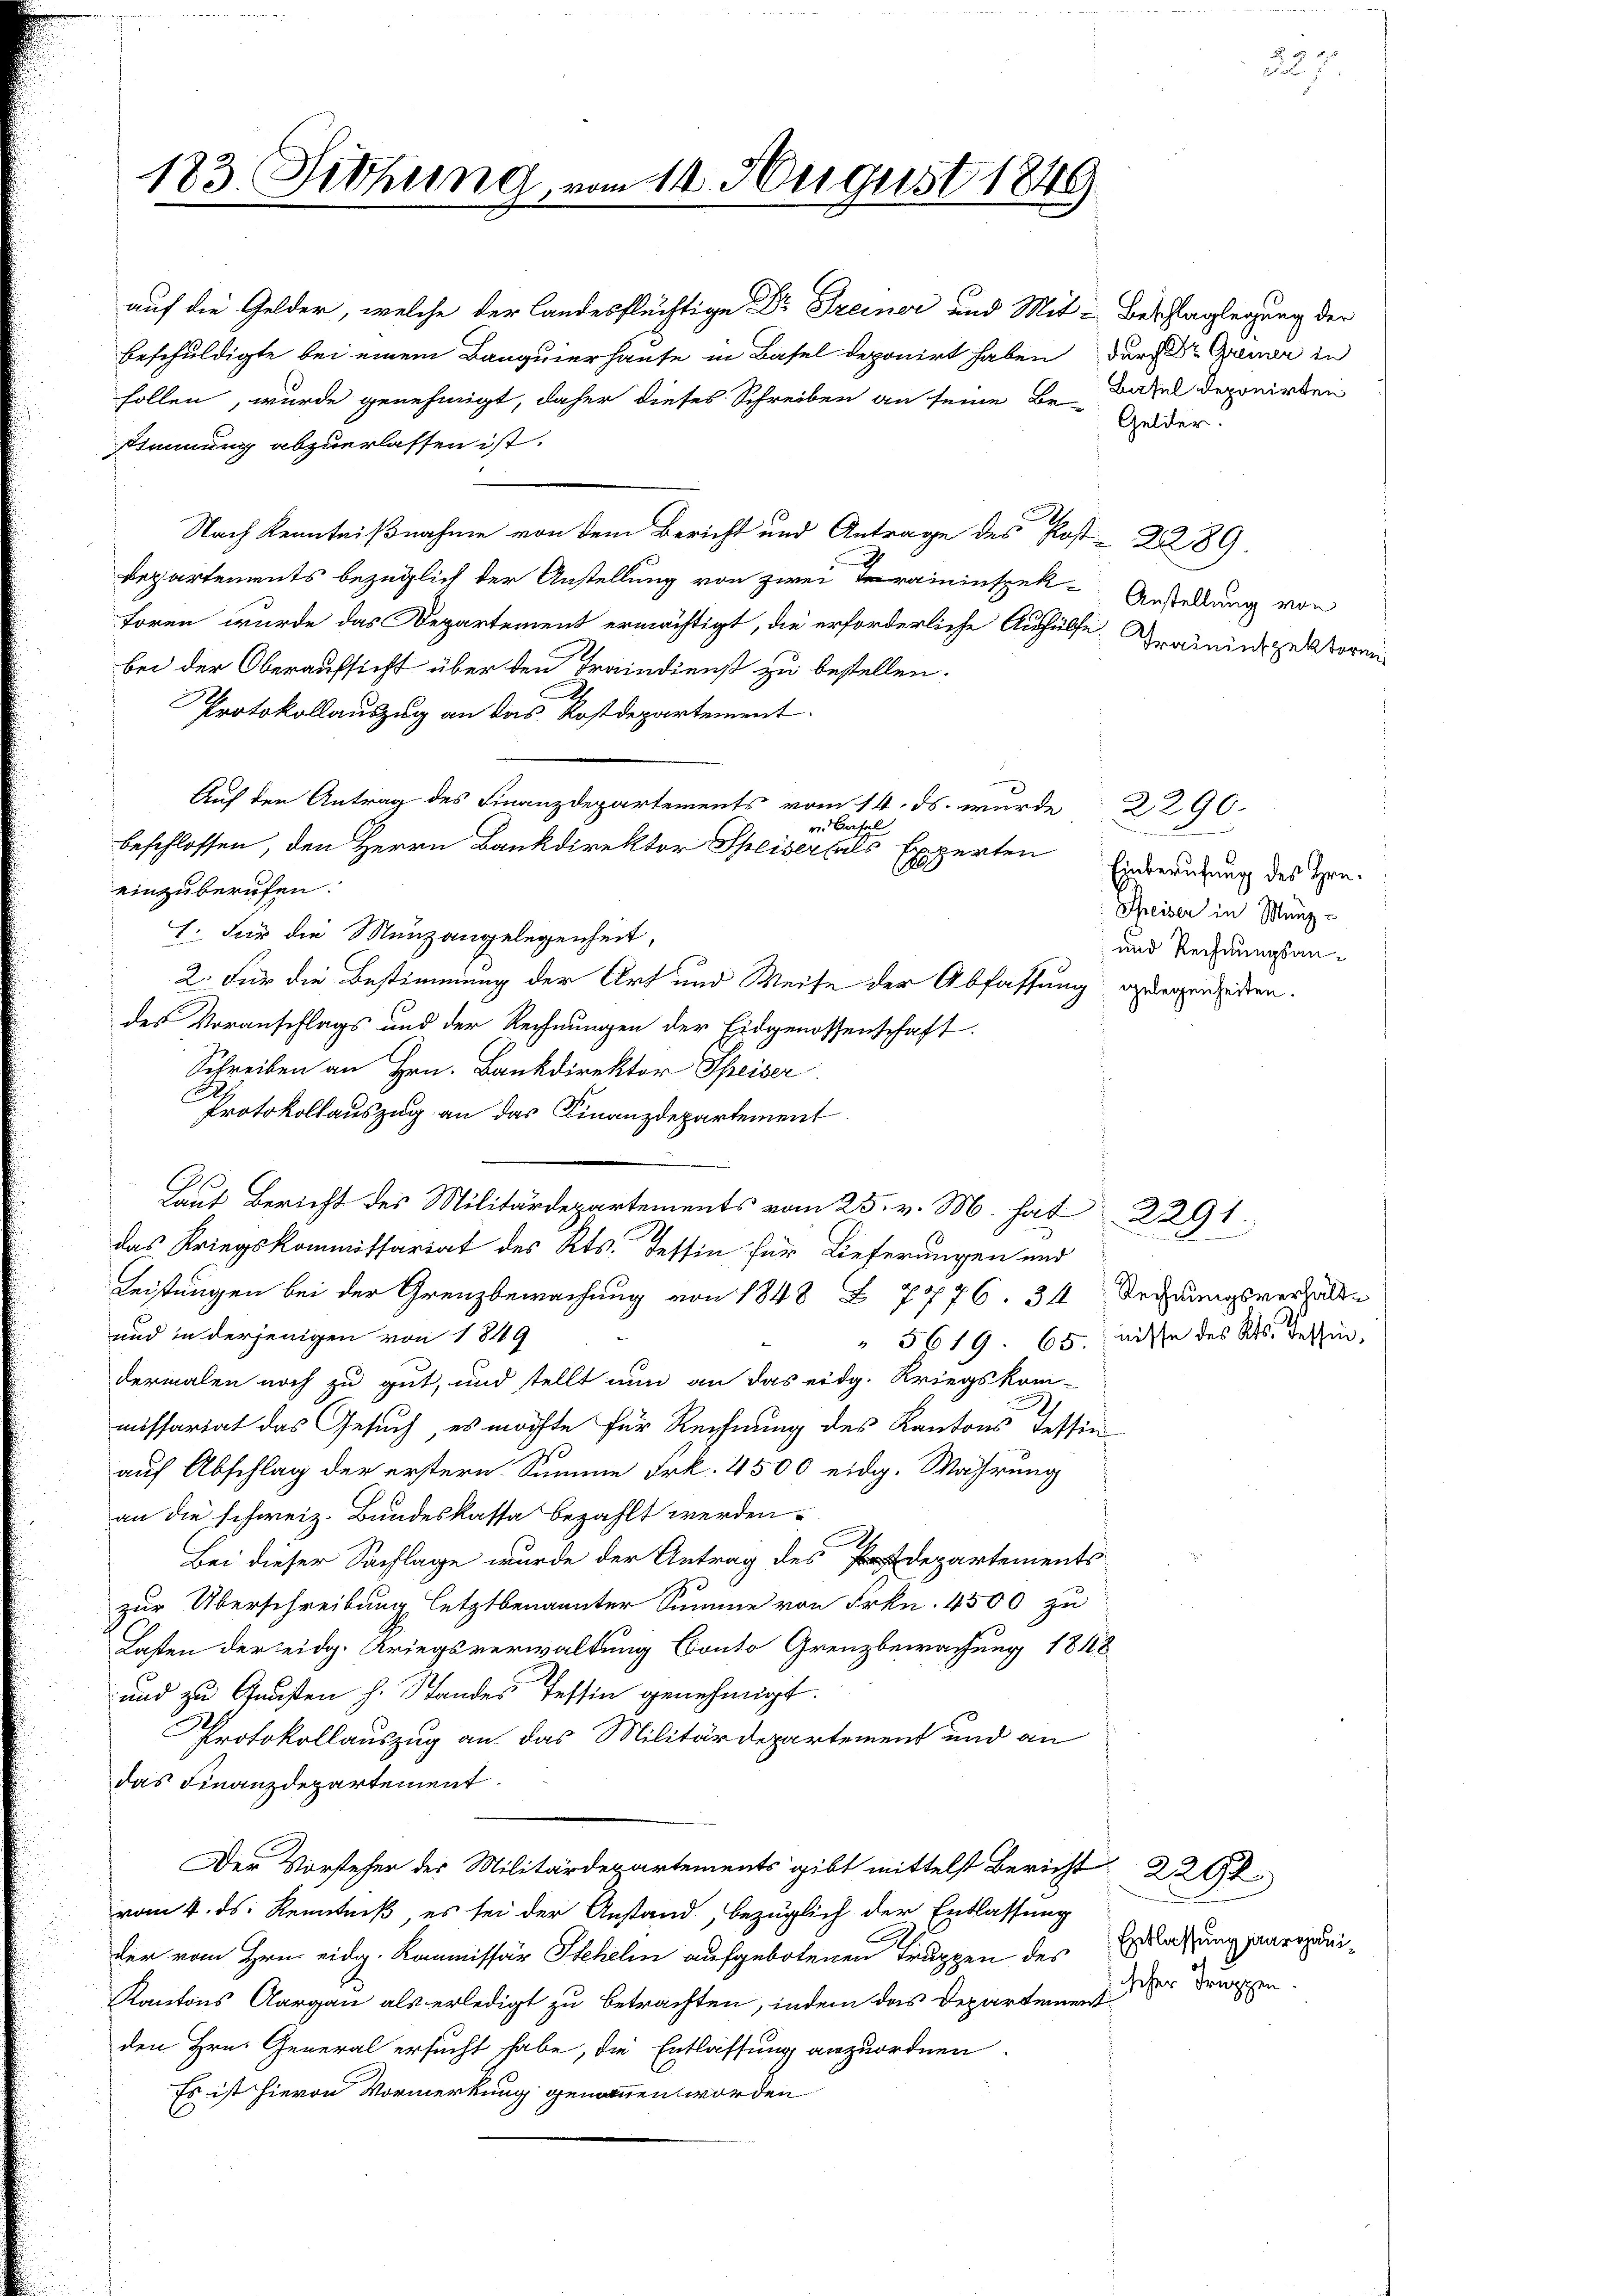
183. Sitzung.

auf die Gelder, welche der Landesflüchtige Dr. Freiner und Mit Beschlaglegung der
beschuldigte bei einem Banquierhause in Basel deponirt haben der Dr. Grenz in
sollen, wurde genehmigt, daher dieses Schreiben an seine Be-Batel deponirten
stimmung abzuerlassen ist.
2
Nach Kenntnißnahme von dem Bericht und Antrage des Post- 22289.
Departements bezüglich der Anstellung von zwei Traininspek-Anstellung von
foren wurde das Departement ermächtigt, die erforderliche Aushülfe Trainingeltern
bei der Oberaufsicht über den Traindienst zu bestellen.
Protokollauszug an das Rostdepartement.
x
Auf den Antrag des Finanzdepartements vom 14. ds. wurde
v. Basel
1
einzuberufen.
1. Für die Munzangelegenheit,
2. Für die Bestimmung der Art und Weise der Abfassung gelegenseiten.
des Voranschlags und der Rechnungen der Eidgenossenschaft
Schreiben an Hrn. Bankdirektor Speiser
Protokollauszug an das Finanzdepartement
Laut Bericht des Militar 25. v. M. hat 229 1
2
1
das Kriegskommissariat des Kts. Tessin für Lieferungen und
Leistungen bei der Grenzbewachung von 1848 Z. 7776. 34 Rechnungsverhalten
und in derjenigen von 1849
" 5619. 65. nisse des Kts. Tessin,
dermalen noch zu gut, und stellt nun an das eidg. Kriegskom-
h
missariat das Gesuch, es möchte für Rechnung des Kantons Tessin
auf Abschlag der erstern Summe Frk. 4500 eidg. Währung
an die schweiz. Bundeskassa bezahlt werden.
Bei dieser Sachlage wurde der Antrag des Departements
zur Überschreibung letztbenannter Summe von Frkn. 4500 zu
Lasten der eidg. Kriegsverwaltung Conto Grenzbewachung 1848
und zu Gunsten h. Standes Tessin genehmigt.
Protokollauszug an das Militärdepartement und an
das Finanzdepartement.
Der Vorsteher des Militärdepartements gibt mittelst Bericht 229
vom 4. ds. Kenntniß, es sei der Anstand, bezüglich der Entlassung
der vom Hrn. Eidg. Kommissär Schelm aufgebotenen Truppen des Erlassung paaropiniischer Truppen.
Kantons Aargau als erledigt zu betrachten, indem das Departementden Hrn. General ersucht habe, die Entlassung anzuordnen.
Es ist hievon Vormerkung genommen worden

vom 14. August 1849

beschlossen, den Herrn Bankdirektor Speiser fals Experten

d

Gelder.

2290.
Einberufung des Hrn.
Speiser in Münz-
und Rechnungsan¬

d
a